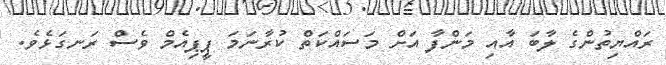
ރައްޔިތުންގެ ލާބަ އާއި މަންފާ އަށް މަސައްކަތް ކުރާނަމަ ޕީޕިއެމް ވެސް ރަނގަޅެވެ.